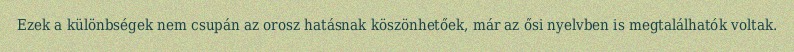
Ezek a különbségek nem csupán az orosz hatásnak köszönhetőek, már az ősi nyelvben is megtalálhatók voltak.